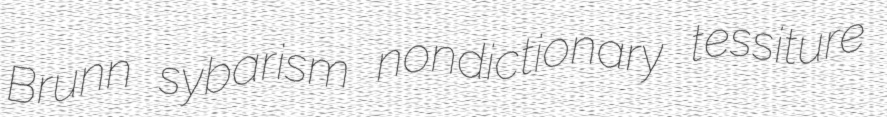
Brunn sybarism nondictionary tessiture